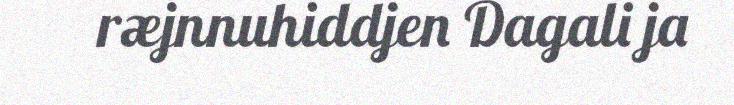
ræjnnuhiddjen Dagali ja